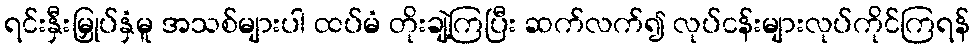
ရင်းနှီးမြှုပ်နှံမူ အသစ်များပါ ထပ်မံ တိုးချဲ့ကြပြီး ဆက်လက်၍ လုပ်ငန်းများလုပ်ကိုင်ကြရန်